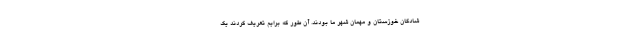
شادگان خوزستان و مهمان شهر ما بودند. آن طور که برایم تعریف کردند یک